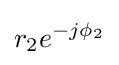
r_{2}e^{-j\phi _{2}}